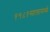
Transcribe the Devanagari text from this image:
१९८१सालामध्ये